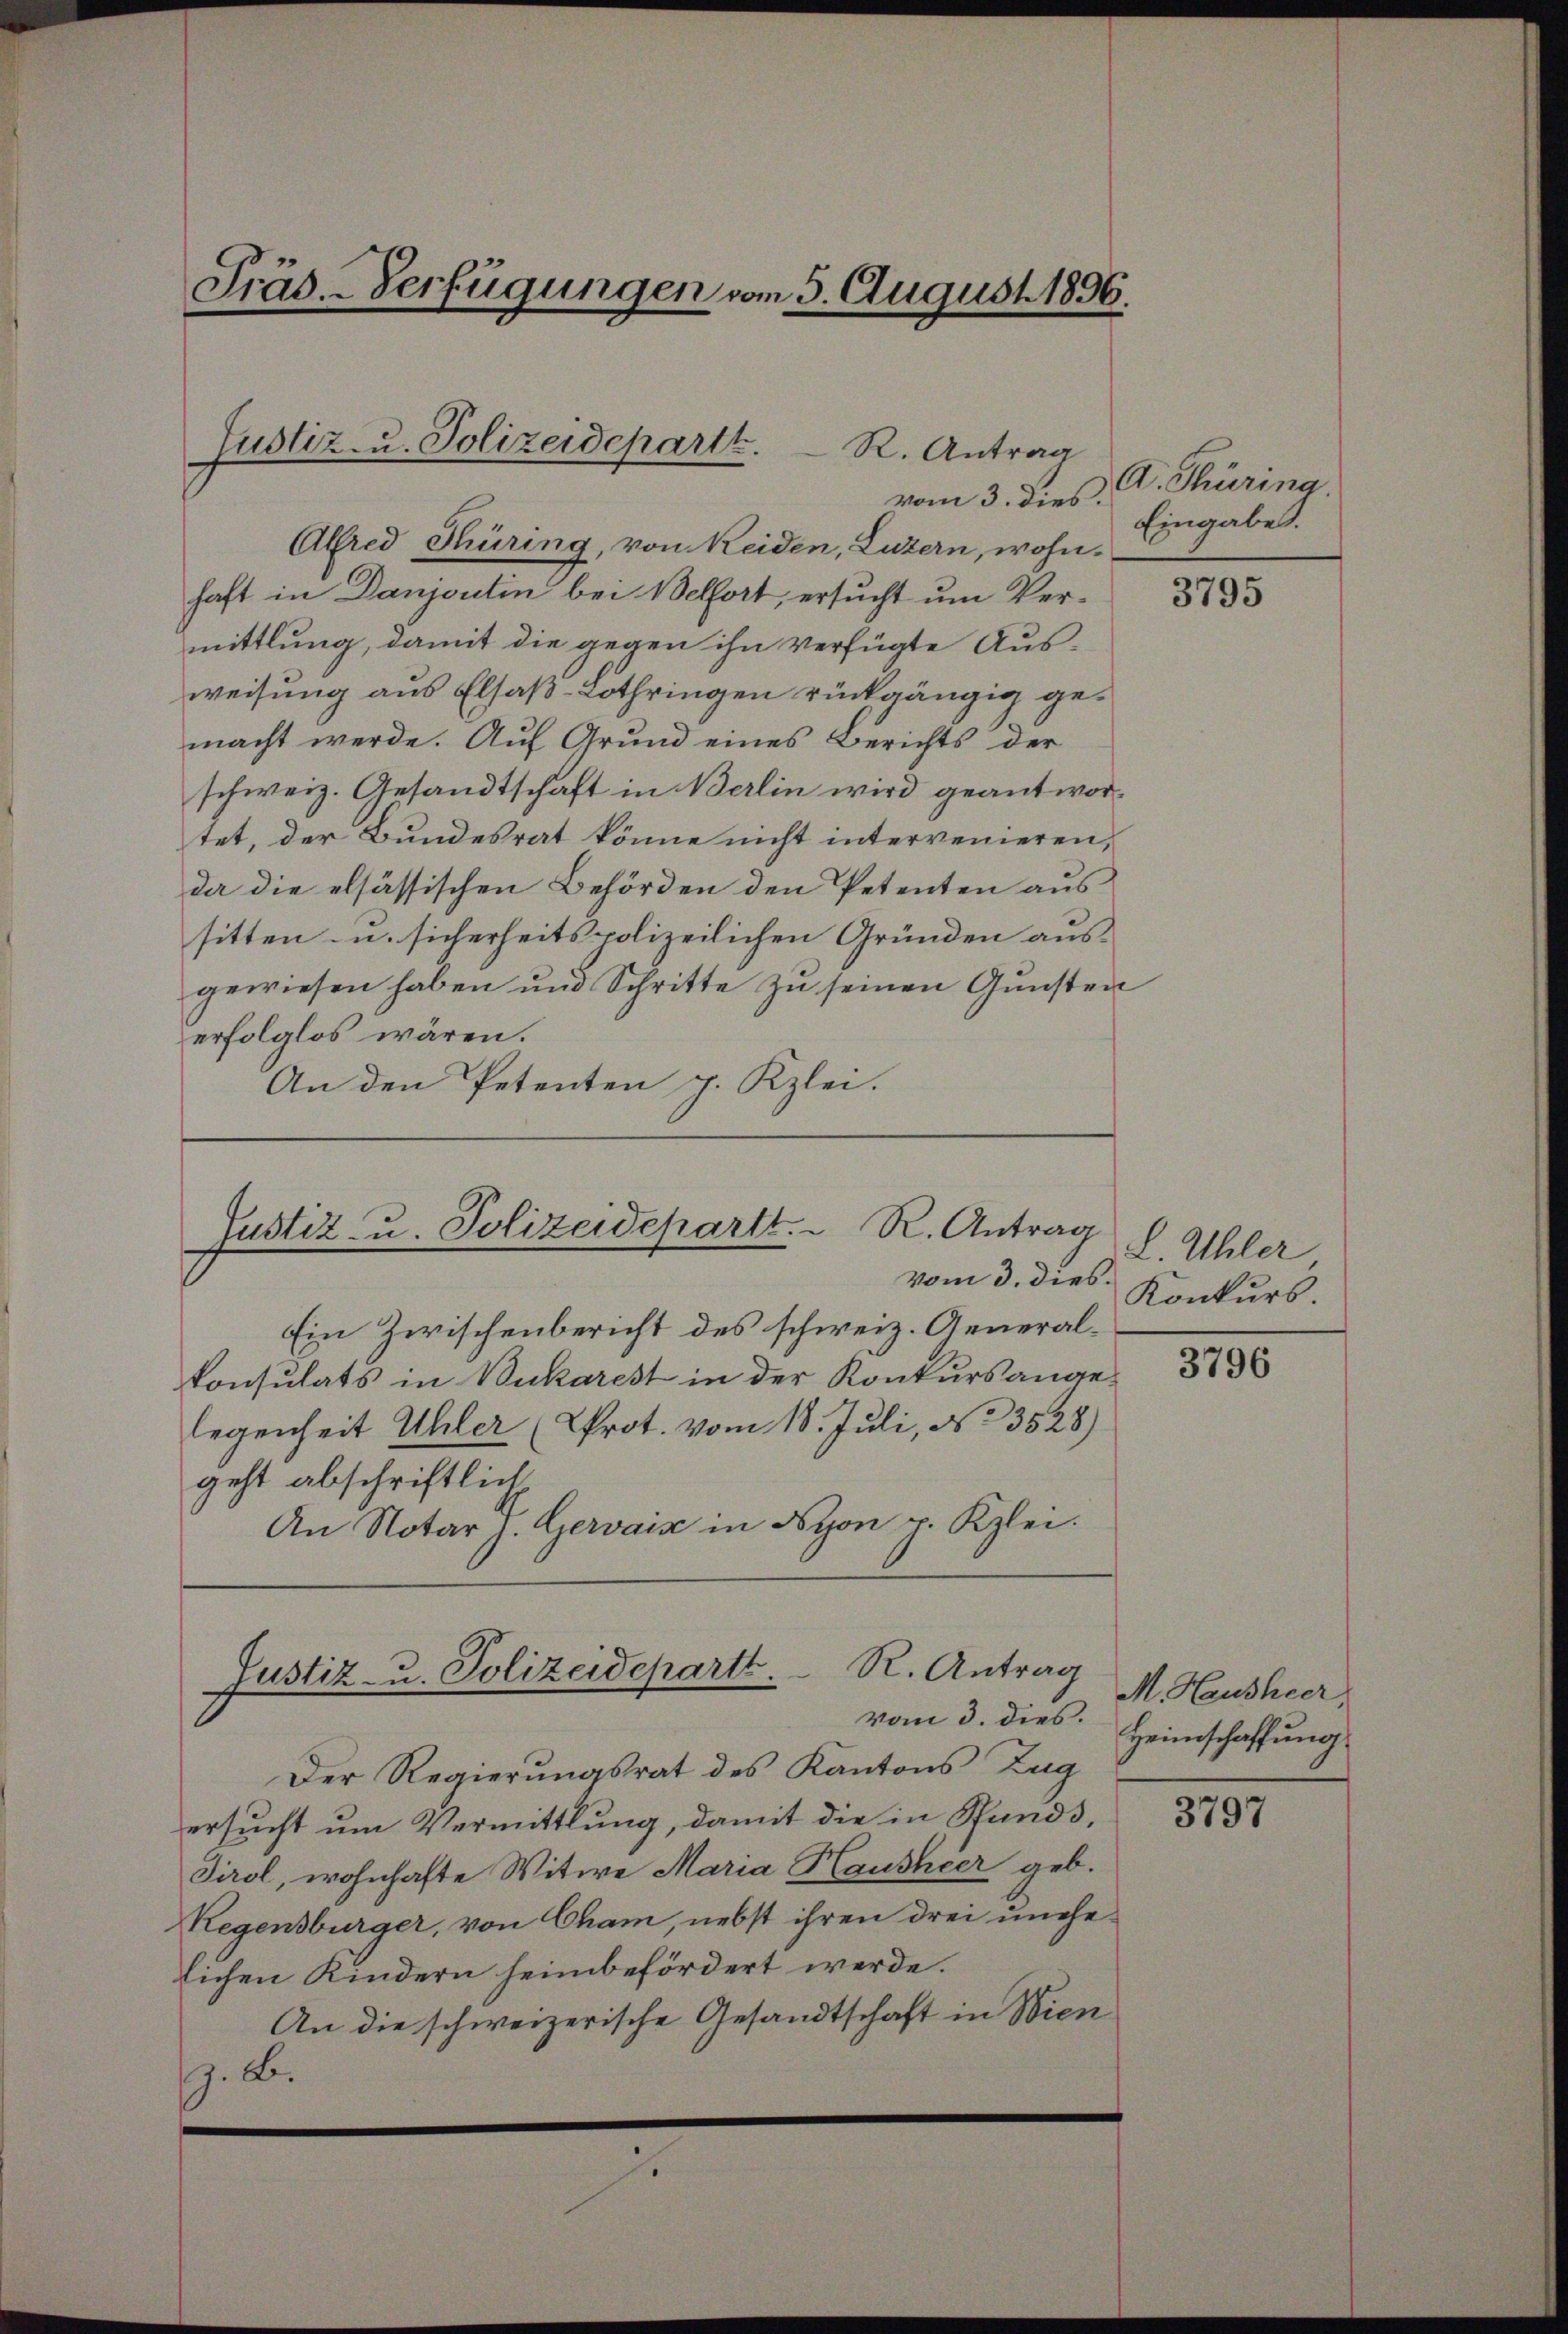
Präs.-Verfügungen vom 5. August 1896.

Justiz- u. Polizeideparth.

vom 3. dies
Alfred Thüring, von Reiden, Luzern, wohn-
haft in Danjontin bei Belfort, ersucht um Vermittlung, damit die gegen ihn verfügte Ausweisung aus Elsaß-Lothringen rückgängig gemacht werde. Auf Grund eines Berichts der
schweiz. Gesandtschaft in Berlin wird geantwortet, der Bundesrat könne nicht intervenieren,
da die elsässischen Behörden den Petenten aus
sitten- u. sicherheits polizeilichen Gründen ausgewiesen haben und Schritte zu seinen Gunsten
erfolglos wären.
An den Petenten p. Kzlei.

Justiz- u. Polizeidepartt. R. Antrag

R. Antrag

vom 3. dies.
Ein Zwischenbericht des schweiz. Generalkonsulats in Bukarest in der Konkurs ange-
legenheit Uhler (Prot. vom 18. Juli, No 3528)
geht abschriftlich
An Notar z. Gervais in Nyon p. Kzlei.
R. Antrag
Justiz- u. Polizeidepartt.
vom 3. dies.
Der Regierungsrat des Kantons Zug
ersucht um Vermittlung, damit die in Stands,
Tirol, wohnhafte Witwe Maria Hausheer geb.
Regensbürger, von Cham, nebst ihren drei unehelichen Kindern heimbefördert werde.
An die schweizerische Gesandtschaft in Wien
. B.

A. Thüring.
Eingabe.

3795

L. Uhler
Konkurs.

3796

M. Hausheer,
Heimschaffung

3797